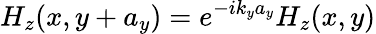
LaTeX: H_{z}(x,y+a_{y})=e^{-ik_{y}a_{y}}H_{z}(x,y)